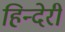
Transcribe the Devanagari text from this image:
हिन्देरी